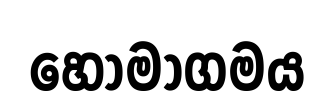
හෝමාගමය